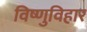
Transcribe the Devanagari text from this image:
विष्णुविहार